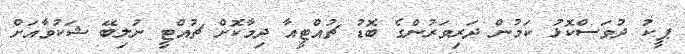
ޕީކު ދުވަސްކޮޅު ކަމުން ދަރިވަރުންގެ ބޮޑު ޗުއްޓީއާ ދިމާކޮށް ޗުއްޓީ ނުލިބޭ ޝަކުވާއަށް